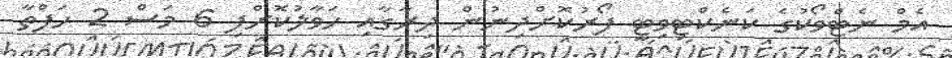
އެމް ނެޓްވޯކުގެ ކަނެކްޓިވިޓީ ފޯރުކޮށްދިނުން ދިރާގާއި ހަވާލުކޮށްފި 6 މަސް 2 ހަފްތާ